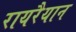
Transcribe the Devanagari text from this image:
रायरैयान